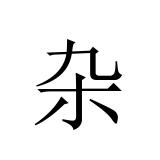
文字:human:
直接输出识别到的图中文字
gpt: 杂